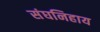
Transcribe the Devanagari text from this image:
संघनिहाय